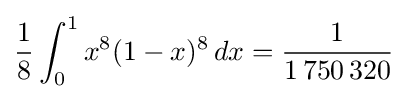
{\frac {1}{8}}\int _{0}^{1}x^{8}(1-x)^{8}\,dx={\frac {1}{1\,750\,320}}